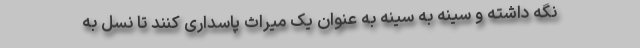
نگه داشته و سینه به سینه به عنوان یک میراث پاسداری کنند تا نسل به